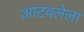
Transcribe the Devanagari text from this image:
आटवलेला